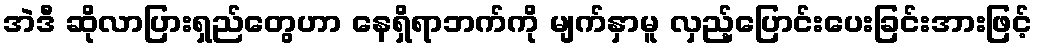
အဲဒီ ဆိုလာပြားရှည်တွေဟာ နေရှိရာဘက်ကို မျက်နှာမူ လှည့်ပြောင်းပေးခြင်းအားဖြင့်